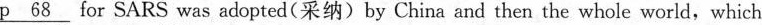
\underline{p 68} for SARS was adopted(采纳)by China and then the whole world,which